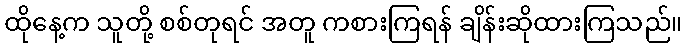
ထိုနေ့က သူတို့ စစ်တုရင် အတူ ကစားကြရန် ချိန်းဆိုထားကြသည်။